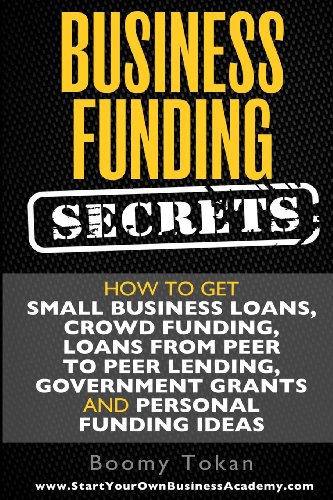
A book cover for Business Funding Secrets: How to Get Small Business Loans, Crowd Funding, Loans (Quick Guide) (Volume 1); Boomy Tokan; Business & Money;